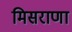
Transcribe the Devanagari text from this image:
मिसराणा